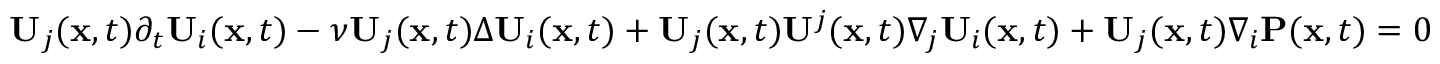
\begin{array} { r } { \mathbf { U } _ { j } ( \mathbf { x } , t ) \partial _ { t } \mathbf { U } _ { i } ( \mathbf { x } , t ) - \nu \mathbf { U } _ { j } ( \mathbf { x } , t ) \Delta \mathbf { U } _ { i } ( \mathbf { x } , t ) + \mathbf { U } _ { j } ( \mathbf { x } , t ) \mathbf { U } ^ { j } ( \mathbf { x } , t ) \nabla _ { j } \mathbf { U } _ { i } ( \mathbf { x } , t ) + \mathbf { U } _ { j } ( \mathbf { x } , t ) \nabla _ { i } \mathbf { P } ( \mathbf { x } , t ) = 0 } \end{array}